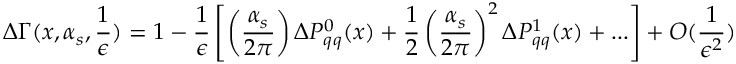
\Delta \Gamma ( x , \alpha _ { s } , \frac { 1 } { \epsilon } ) = 1 - \frac { 1 } { \epsilon } \left[ \left( \frac { \alpha _ { s } } { 2 \pi } \right) \Delta P _ { q q } ^ { 0 } ( x ) + \frac { 1 } { 2 } \left( \frac { \alpha _ { s } } { 2 \pi } \right) ^ { 2 } \Delta P _ { q q } ^ { 1 } ( x ) + . . . \right] + { \cal O } ( \frac { 1 } { \epsilon ^ { 2 } } )